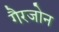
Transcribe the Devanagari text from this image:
गैरजोन